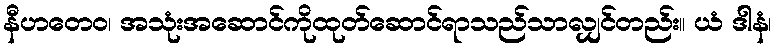
နီဟတေဝ၊ အသုံးအဆောင်ကိုထုတ်ဆောင်ရာသည်သာလျှင်တည်း။ ယံ ဒါနံ၊